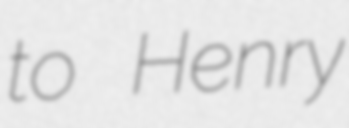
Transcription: to  Henry